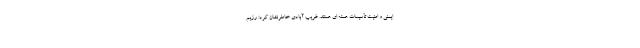
ایمنی و امنیت تأسیسات هسته ای هستند. غریب آبادی خاطرنشان کرد: رژیم